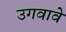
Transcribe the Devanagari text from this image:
उगवावे